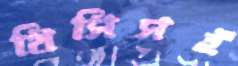
থিসিসই